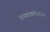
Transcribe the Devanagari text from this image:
अभ्यासमंडळात